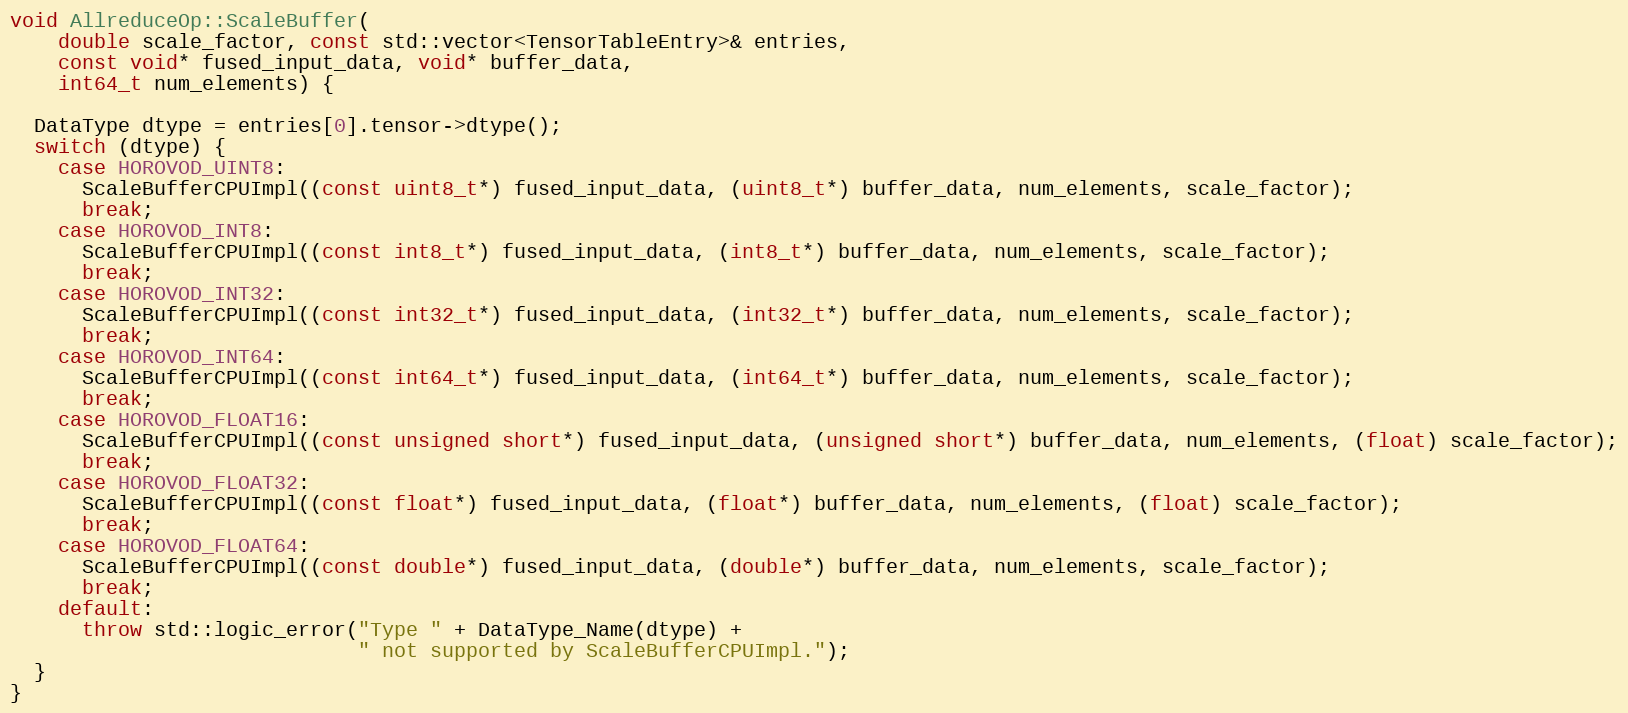
Language: C++
void AllreduceOp::ScaleBuffer(
    double scale_factor, const std::vector<TensorTableEntry>& entries,
    const void* fused_input_data, void* buffer_data,
    int64_t num_elements) {

  DataType dtype = entries[0].tensor->dtype();
  switch (dtype) {
    case HOROVOD_UINT8:
      ScaleBufferCPUImpl((const uint8_t*) fused_input_data, (uint8_t*) buffer_data, num_elements, scale_factor);
      break;
    case HOROVOD_INT8:
      ScaleBufferCPUImpl((const int8_t*) fused_input_data, (int8_t*) buffer_data, num_elements, scale_factor);
      break;
    case HOROVOD_INT32:
      ScaleBufferCPUImpl((const int32_t*) fused_input_data, (int32_t*) buffer_data, num_elements, scale_factor);
      break;
    case HOROVOD_INT64:
      ScaleBufferCPUImpl((const int64_t*) fused_input_data, (int64_t*) buffer_data, num_elements, scale_factor);
      break;
    case HOROVOD_FLOAT16:
      ScaleBufferCPUImpl((const unsigned short*) fused_input_data, (unsigned short*) buffer_data, num_elements, (float) scale_factor);
      break;
    case HOROVOD_FLOAT32:
      ScaleBufferCPUImpl((const float*) fused_input_data, (float*) buffer_data, num_elements, (float) scale_factor);
      break;
    case HOROVOD_FLOAT64:
      ScaleBufferCPUImpl((const double*) fused_input_data, (double*) buffer_data, num_elements, scale_factor);
      break;
    default:
      throw std::logic_error("Type " + DataType_Name(dtype) +
                             " not supported by ScaleBufferCPUImpl.");
  }
}